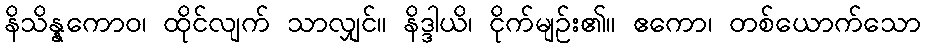
နိသိန္နကောဝ၊ ထိုင်လျက် သာလျှင်။ နိဒ္ဒါယိ၊ ငိုက်မျဉ်း၏။ ဧကော၊ တစ်ယောက်သော